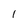
Character: 1